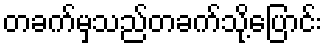
တခက်မှသည်တခက်သို့ပြောင်း